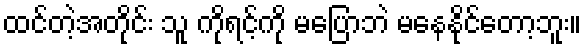
ထင်တဲ့အတိုင်း သူ ကိုရင့်ကို မပြောဘဲ မနေနိုင်တော့ဘူး။